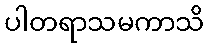
ပါတရာသမကာသိ